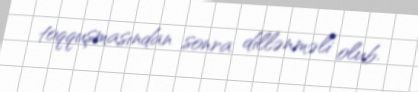
toqquşmasından sonra dillənməli olub.